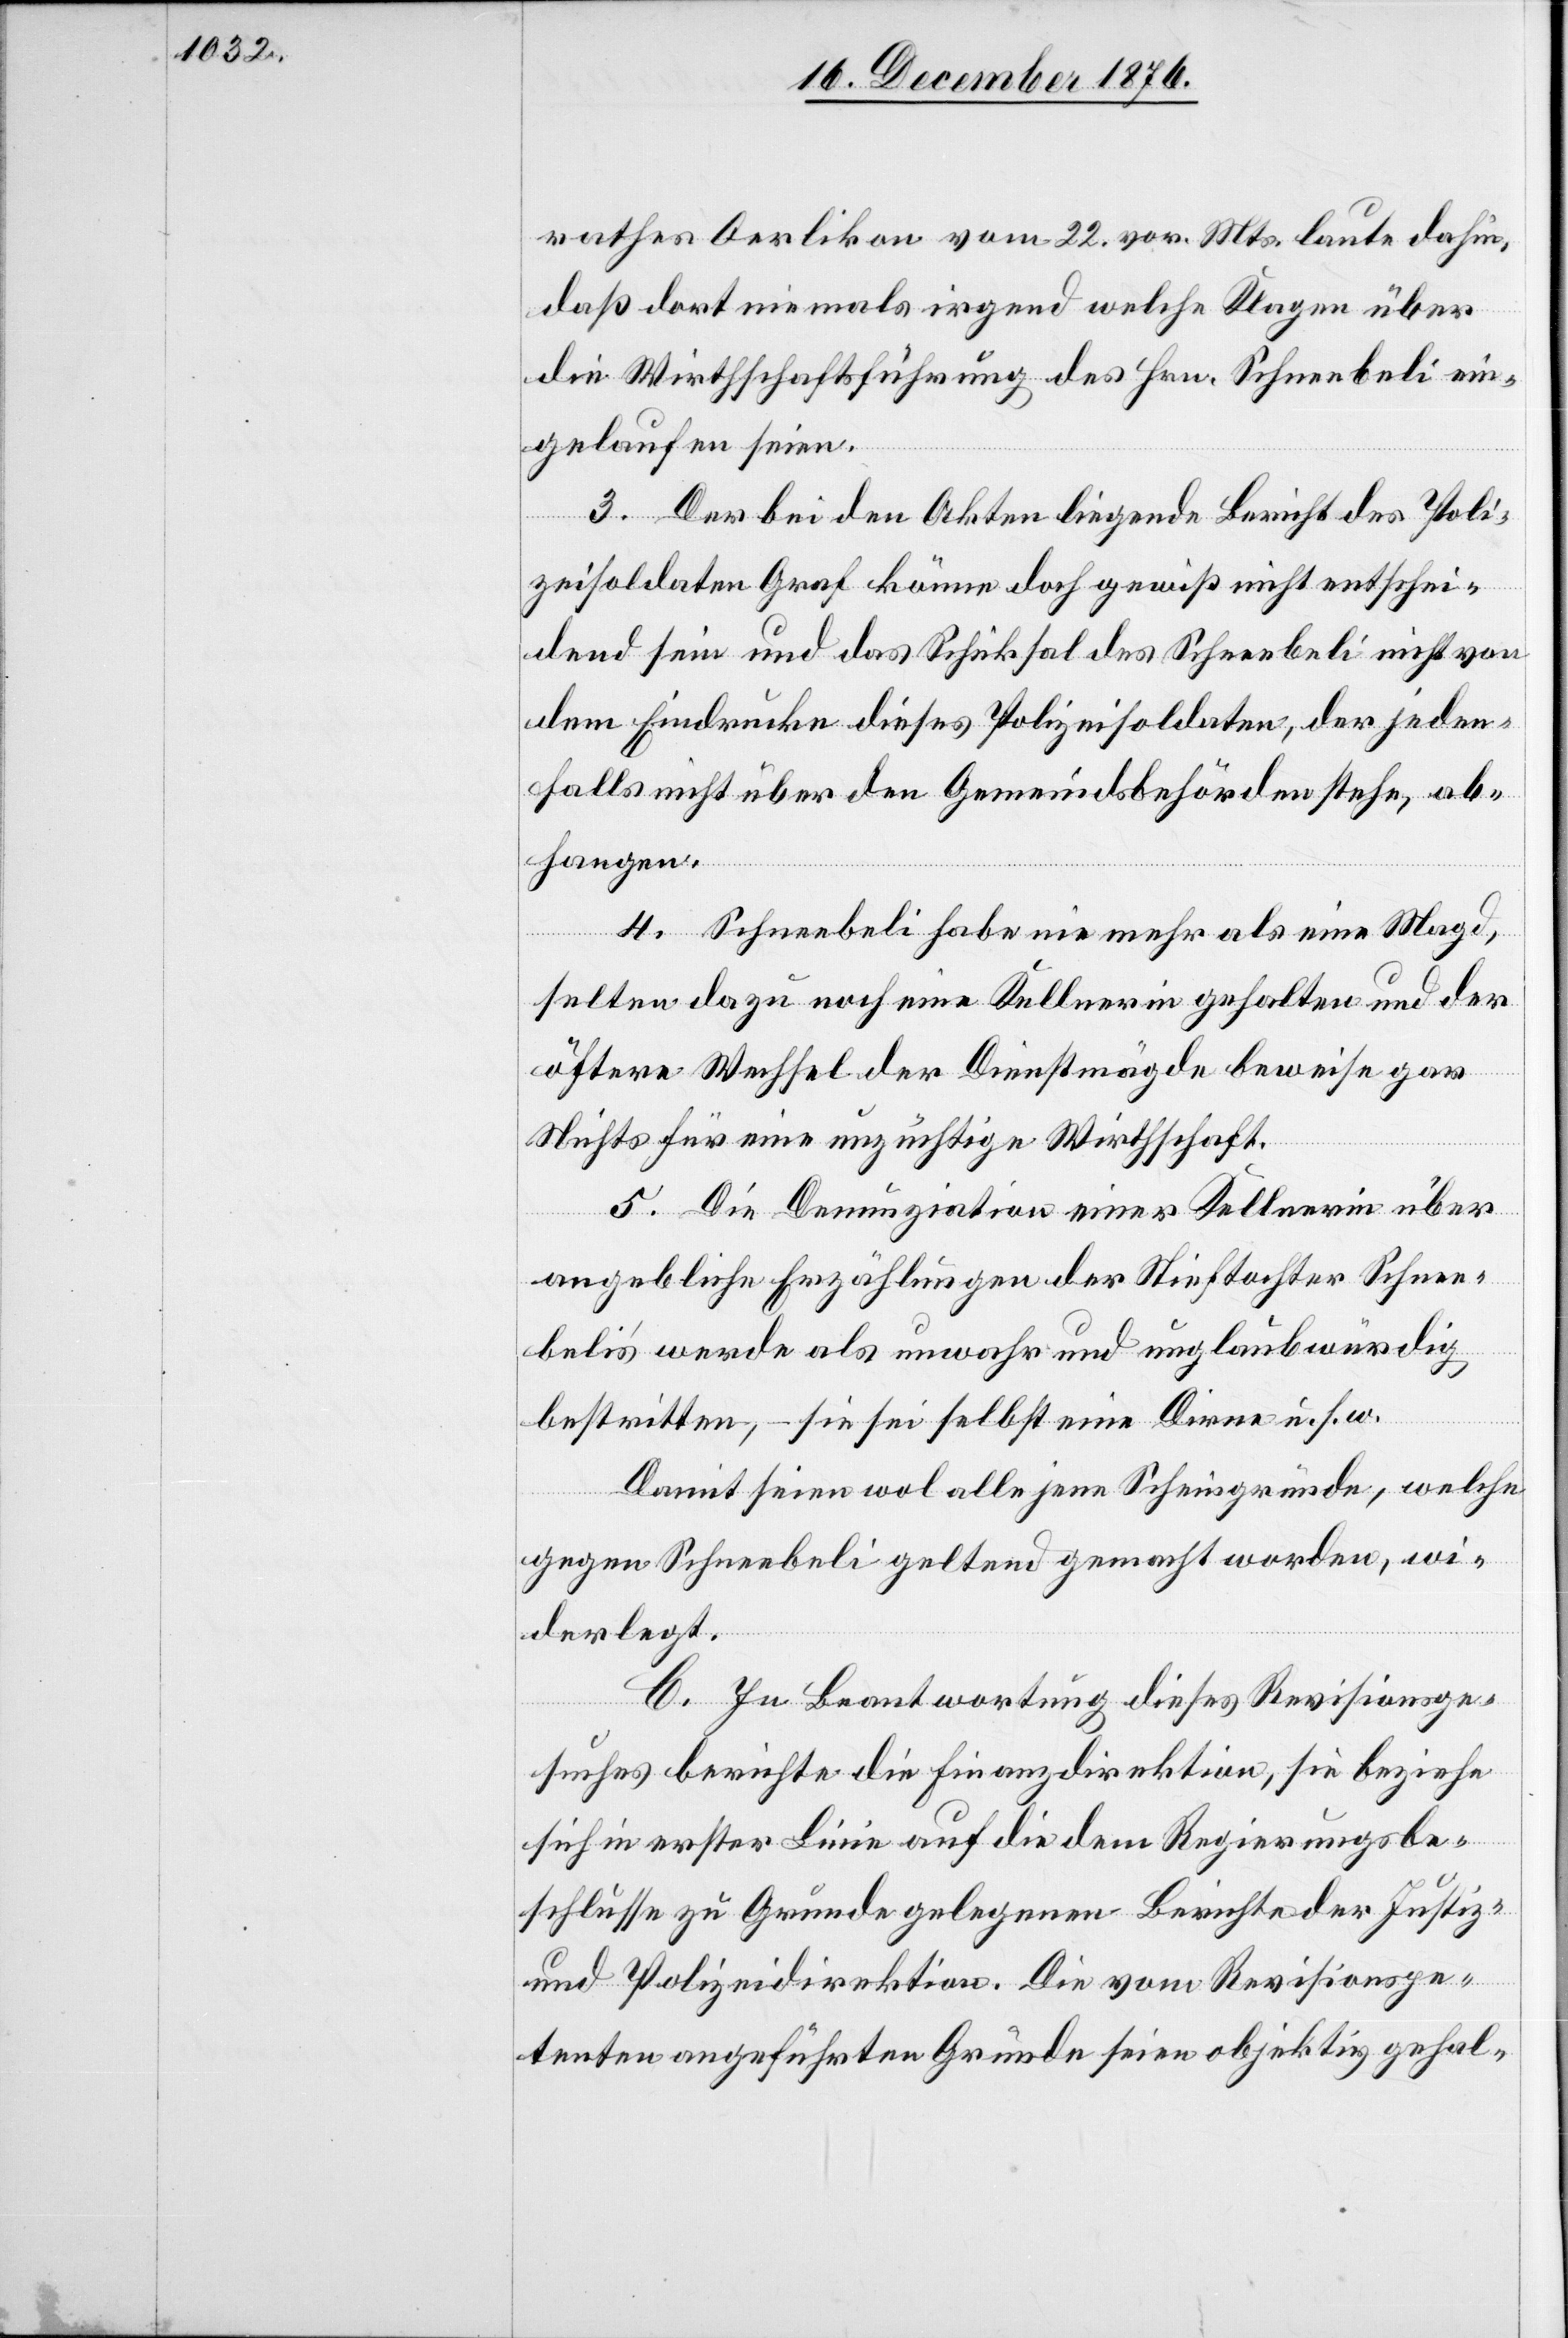
rathes Oerlikon vom 22. vor. Mts. laute dahin,
daß dort niemals irgend welche Klagen über
die Wirthschaftsführung des Hrn. Schneebeli ein¬
gelaufen seien.
3. Der bei den Akten liegende Bericht des Poli¬
zeisoldaten Graf könne doch gewiß nicht entschei¬
dend sein und das Schicksal des Schneebeli nicht von
dem Eindrucke dieses Polizeisoldaten, der jeden¬
falls nicht über den Gemeindsbehörden stehe, ab¬
hangen.
4. Schneebeli habe nie mehr als eine Magd,
selten dazu noch eine Kellnerin gehalten und der
öftere Wechsel der Dienstmägde beweise gar
Nichts für eine unzüchtige Wirthschaft.
5. Die Denunziation einer Kellnerin über
angebliche Erzählungen der Stieftochter Schnee¬
beli’s werde als unwahr und unglaubwürdig
bestritten, sie sei selbst eine Dirne u. s. w.
Damit seien wol alle jene Scheingründe, welche
gegen Schneebeli geltend gemacht worden, wi¬
derlegt.
C. In Beantwortung dieses Revisionsge¬
suches berichtet die Finanzdirektion, sie beziehe
sich in erster Linie auf die dem Regierungsbe¬
schlusse zu Grunde gelegenen Berichte der Justiz-
und Polizeidirektion. Die vom Revisionspe¬
tenten angeführten Gründe seien objektiv gehal-